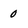
Character: 0